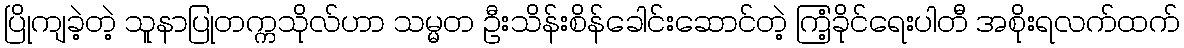
ပြိုကျခဲ့တဲ့ သူနာပြုတက္ကသိုလ်ဟာ သမ္မတ ဦးသိန်းစိန်ခေါင်းဆောင်တဲ့ ကြံ့ခိုင်ရေးပါတီ အစိုးရလက်ထက်